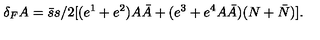
\delta _ { F } A = \bar { s } s / 2 [ ( e ^ { 1 } + e ^ { 2 } ) A \bar { A } + ( e ^ { 3 } + e ^ { 4 } A \bar { A } ) ( N + \bar { N } ) ] .